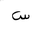
Letter: _sin